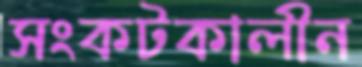
সংকটকালীন